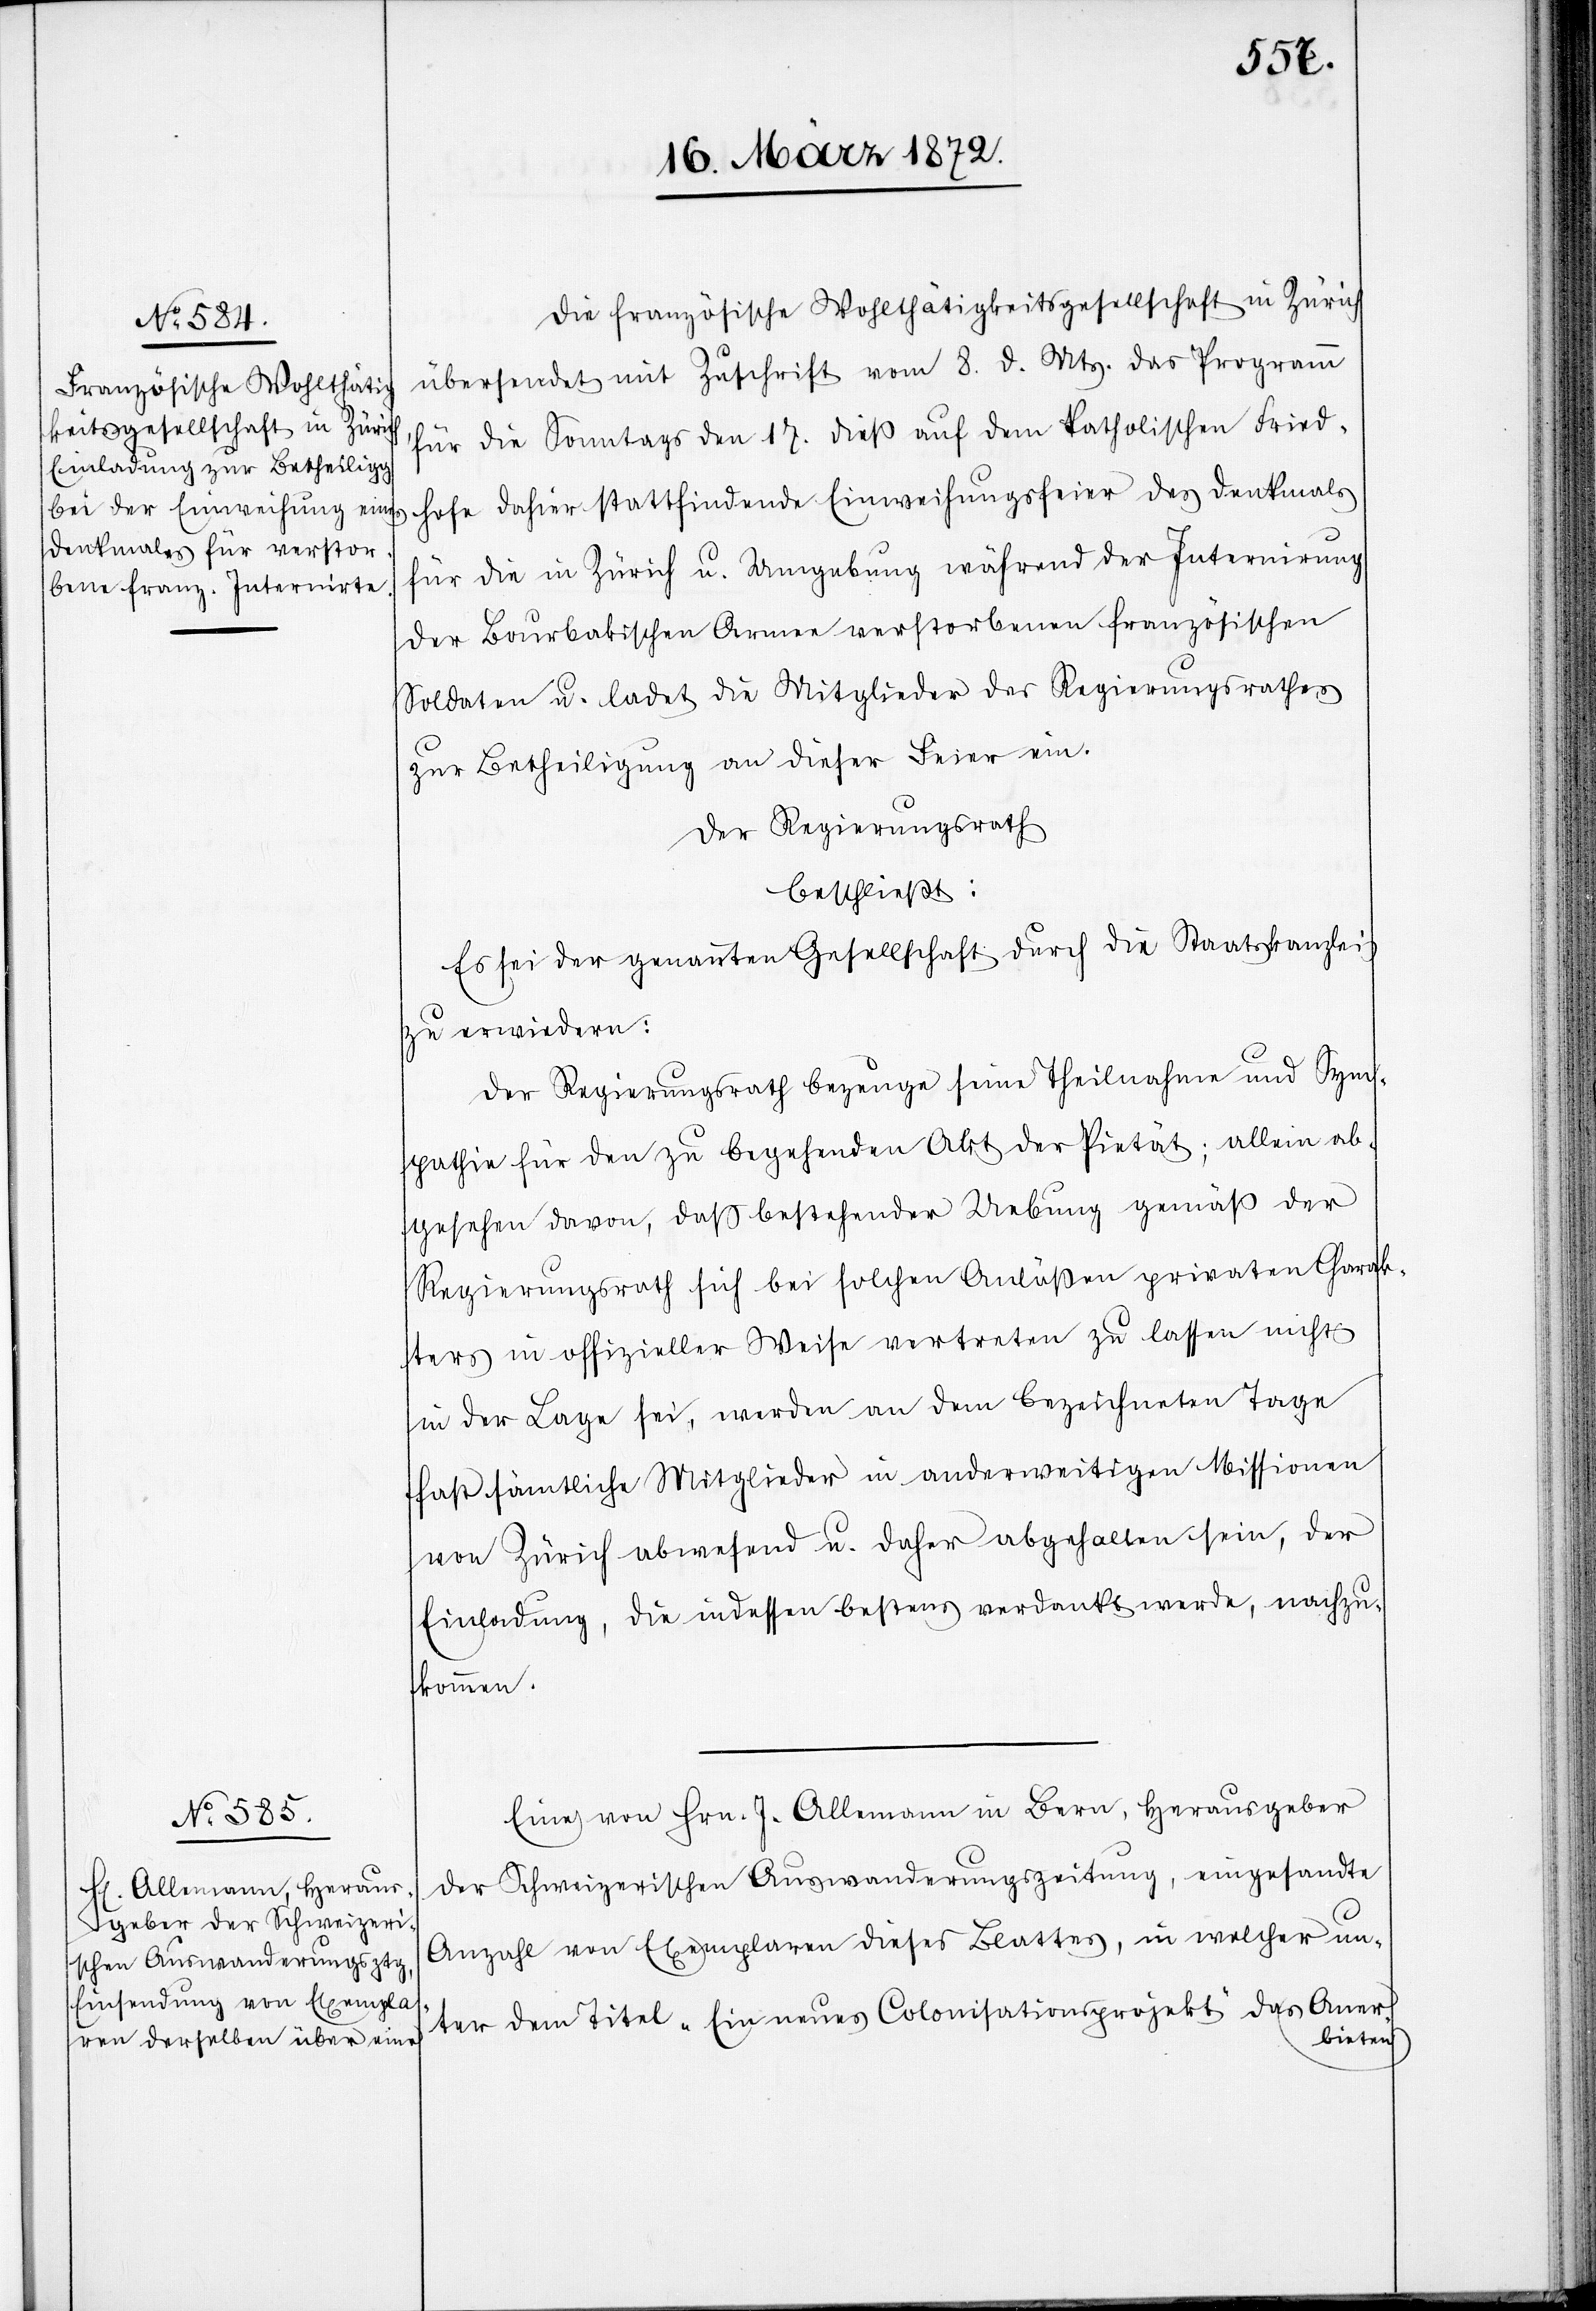
Die französische Wohltätigkeitsgesellschaft in Zürich
übersendet mit Zuschrift vom 8. d. Mts. das Programm
für die Sonntags den 17. dieß auf dem katholischen Fried¬
hofe dahier stattfindende Einweihungsfeier des Denkmals
für die in Zürich u. Umgebung während der Internirung
der Bourbakischen Armee verstorbenen französischen
Soldaten u. ladet die Mitglieder des Regierungsrathes
zur Betheiligung an dieser Feier ein.
Der Regierungsrath
beschließt:
Es sei der genannten Gesellschaft durch die Staatskanzlei
zu erwiedern:
Der Regierungsrath bezeuge seine Theilnahme und Sym¬
pathie für den zu begehenden Akt der Pietät; allein ab¬
gesehen davon, daß bestehender Uebung gemäß der
Regierungsrath sich bei solchen Anläßen privaten Charak¬
ters in offizieller Weise vertreten zu lassen nicht
in der Lage sei, werden an dem bezeichneten Tage
fast sämtliche Mitglieder in anderweitigen Missionen
von Zürich abwesend u. daher abgehalten sein, der
Einladung, die indessen bestens verdankt werde, nachzu¬
kommen.
Eine von Hrn. J. Allemann in Bern, Herausgeber
der Schweizerischen Auswanderungszeitung, eingesandte
Anzahl von Exemplaren dieses Blattes, in welcher un¬
ter dem Titel „Ein neues Colonisationsprojekt“ das Aner¬
bieten